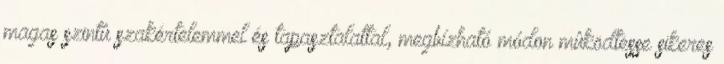
magas szintû szakértelemmel és tapasztalattal, megbízható módon mûködtesse sikeres